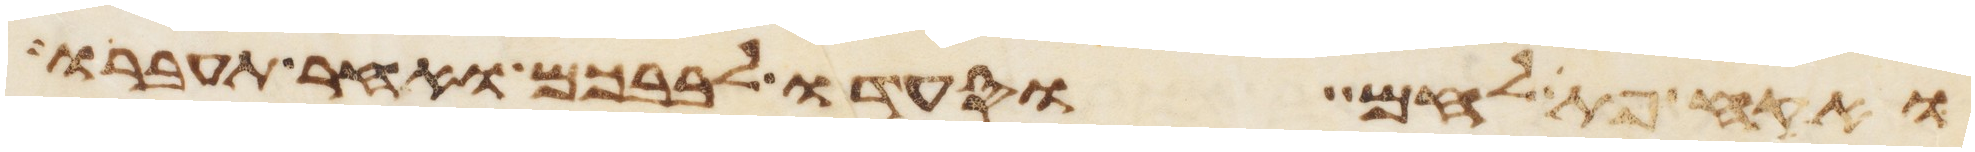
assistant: ואקח פת לחם וסעדו לבבכם ואחר תעברו